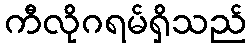
ကီလိုဂရမ်ရှိသည်